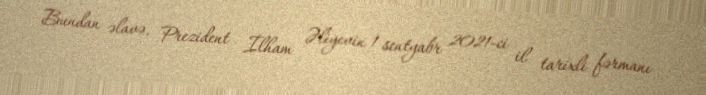
Bundan əlavə, Prezident İlham Əliyevin 1 sentyabr 2021-ci il tarixli fərmanı